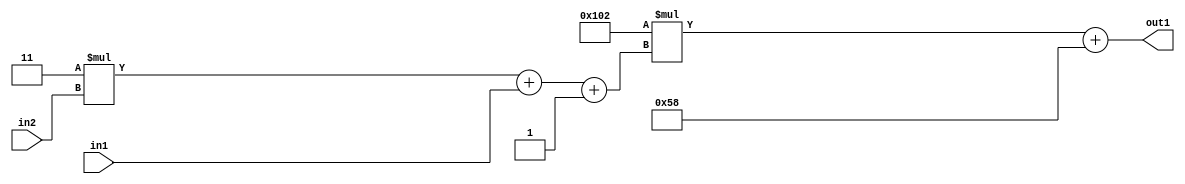
`timescale 1ps / 1ps
/*****************************************************************************
    Verilog RTL Description
    
    
    Created by: Stratus DpOpt 2019.1.01 
*******************************************************************************/

module DC_Filter_Add2i88Mul2i258Add3i1u1Mul2i3u2_4 (
	in2,
	in1,
	out1
	); /* architecture "behavioural" */ 
input [1:0] in2;
input  in1;
output [11:0] out1;
wire [11:0] asc001;
wire [3:0] asc002;

wire [3:0] asc002_tmp_0;
wire [3:0] asc002_tmp_1;
assign asc002_tmp_1 = 
	+(4'B0011 * in2);
assign asc002_tmp_0 = asc002_tmp_1
	+(in1);
assign asc002 = asc002_tmp_0
	+(4'B0001);

wire [11:0] asc001_tmp_2;
assign asc001_tmp_2 = 
	+(12'B000100000010 * asc002);
assign asc001 = asc001_tmp_2
	+(12'B000001011000);

assign out1 = asc001;
endmodule

/* CADENCE  vrP1SwE= : u9/ySgnWtBlWxVPRXgAZ4Og= ** DO NOT EDIT THIS LINE ******/